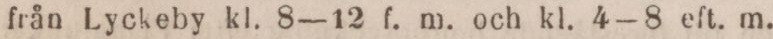
från Lyckeby kl. 8—12 f. m. och kl. 4—8 eft. m.